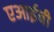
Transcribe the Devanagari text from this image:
एआईबी